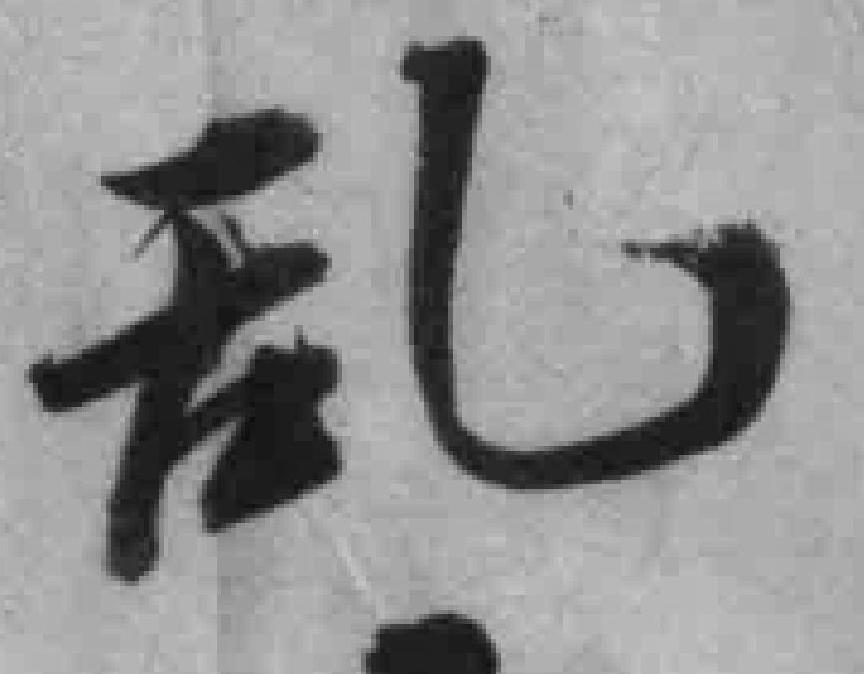
乱